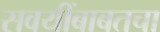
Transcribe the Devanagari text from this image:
सवयींबाबतचा